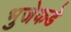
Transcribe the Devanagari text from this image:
भुजेकडे